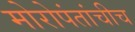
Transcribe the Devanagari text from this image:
मोरोपंतांचीच